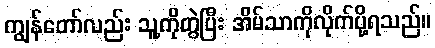
ကျွန်တော်လည်း သူ့ကိုတွဲပြီး အိမ်သာကိုလိုက်ပို့ရသည်။